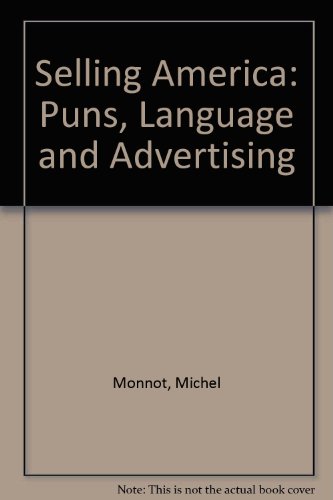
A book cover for Selling America: Puns, Language and Advertising; Michel Monnot; Humor & Entertainment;